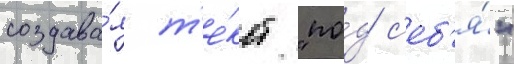
создава́я т'е́кст "по́д с'еб'я́"